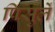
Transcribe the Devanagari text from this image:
पिसुर्ले